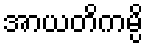
အာယတိကမ္ပိ